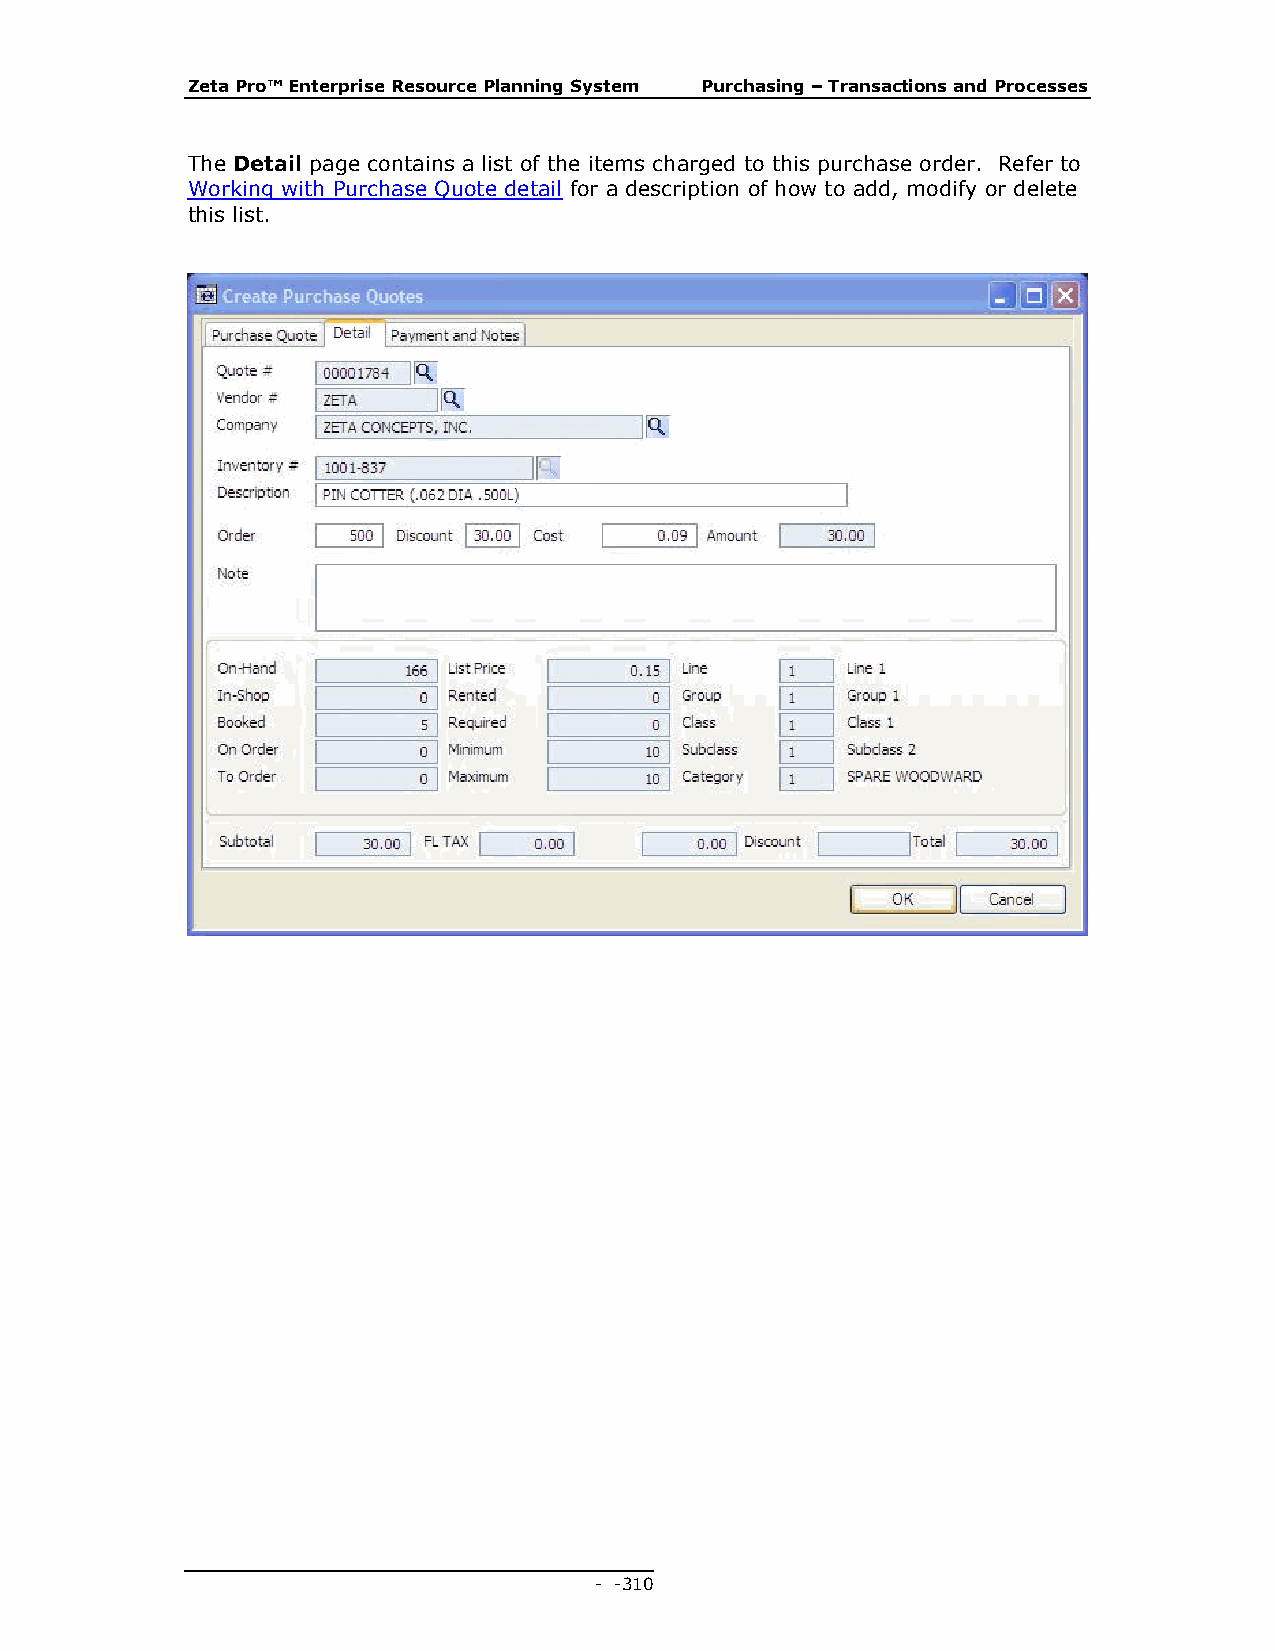
Zeta Pro™ Enterprise Resource Planning System Purchasing – Transactions and Processes
 The Detail page contains a list of the items charged to this purchase order. Refer to
 Working with Purchase Quote detail for a description of how to add, modify or delete
 this list.
 - - 310